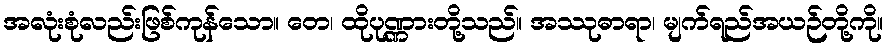
အလုံးစုံလည်းဖြစ်ကုန်သော။ တေ၊ ထိုပုဏ္ဏားတို့သည်။ အဿုဓာရာ၊ မျက်ရည်အယဉ်တို့ကို။